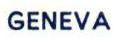
GENEVA